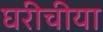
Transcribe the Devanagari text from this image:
घरीचीया